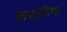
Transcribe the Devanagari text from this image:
कट्यारीचा